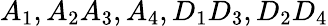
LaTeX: A_{1},A_{2}A_{3},A_{4},D_{1}D_{3},D_{2}D_{4}